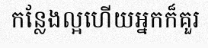
កន្លែងល្អហើយអ្នកក៏គួរ